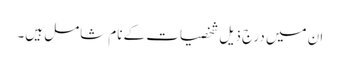
ان میں درج ذیل شخصیات کے نام شامل ہیں۔